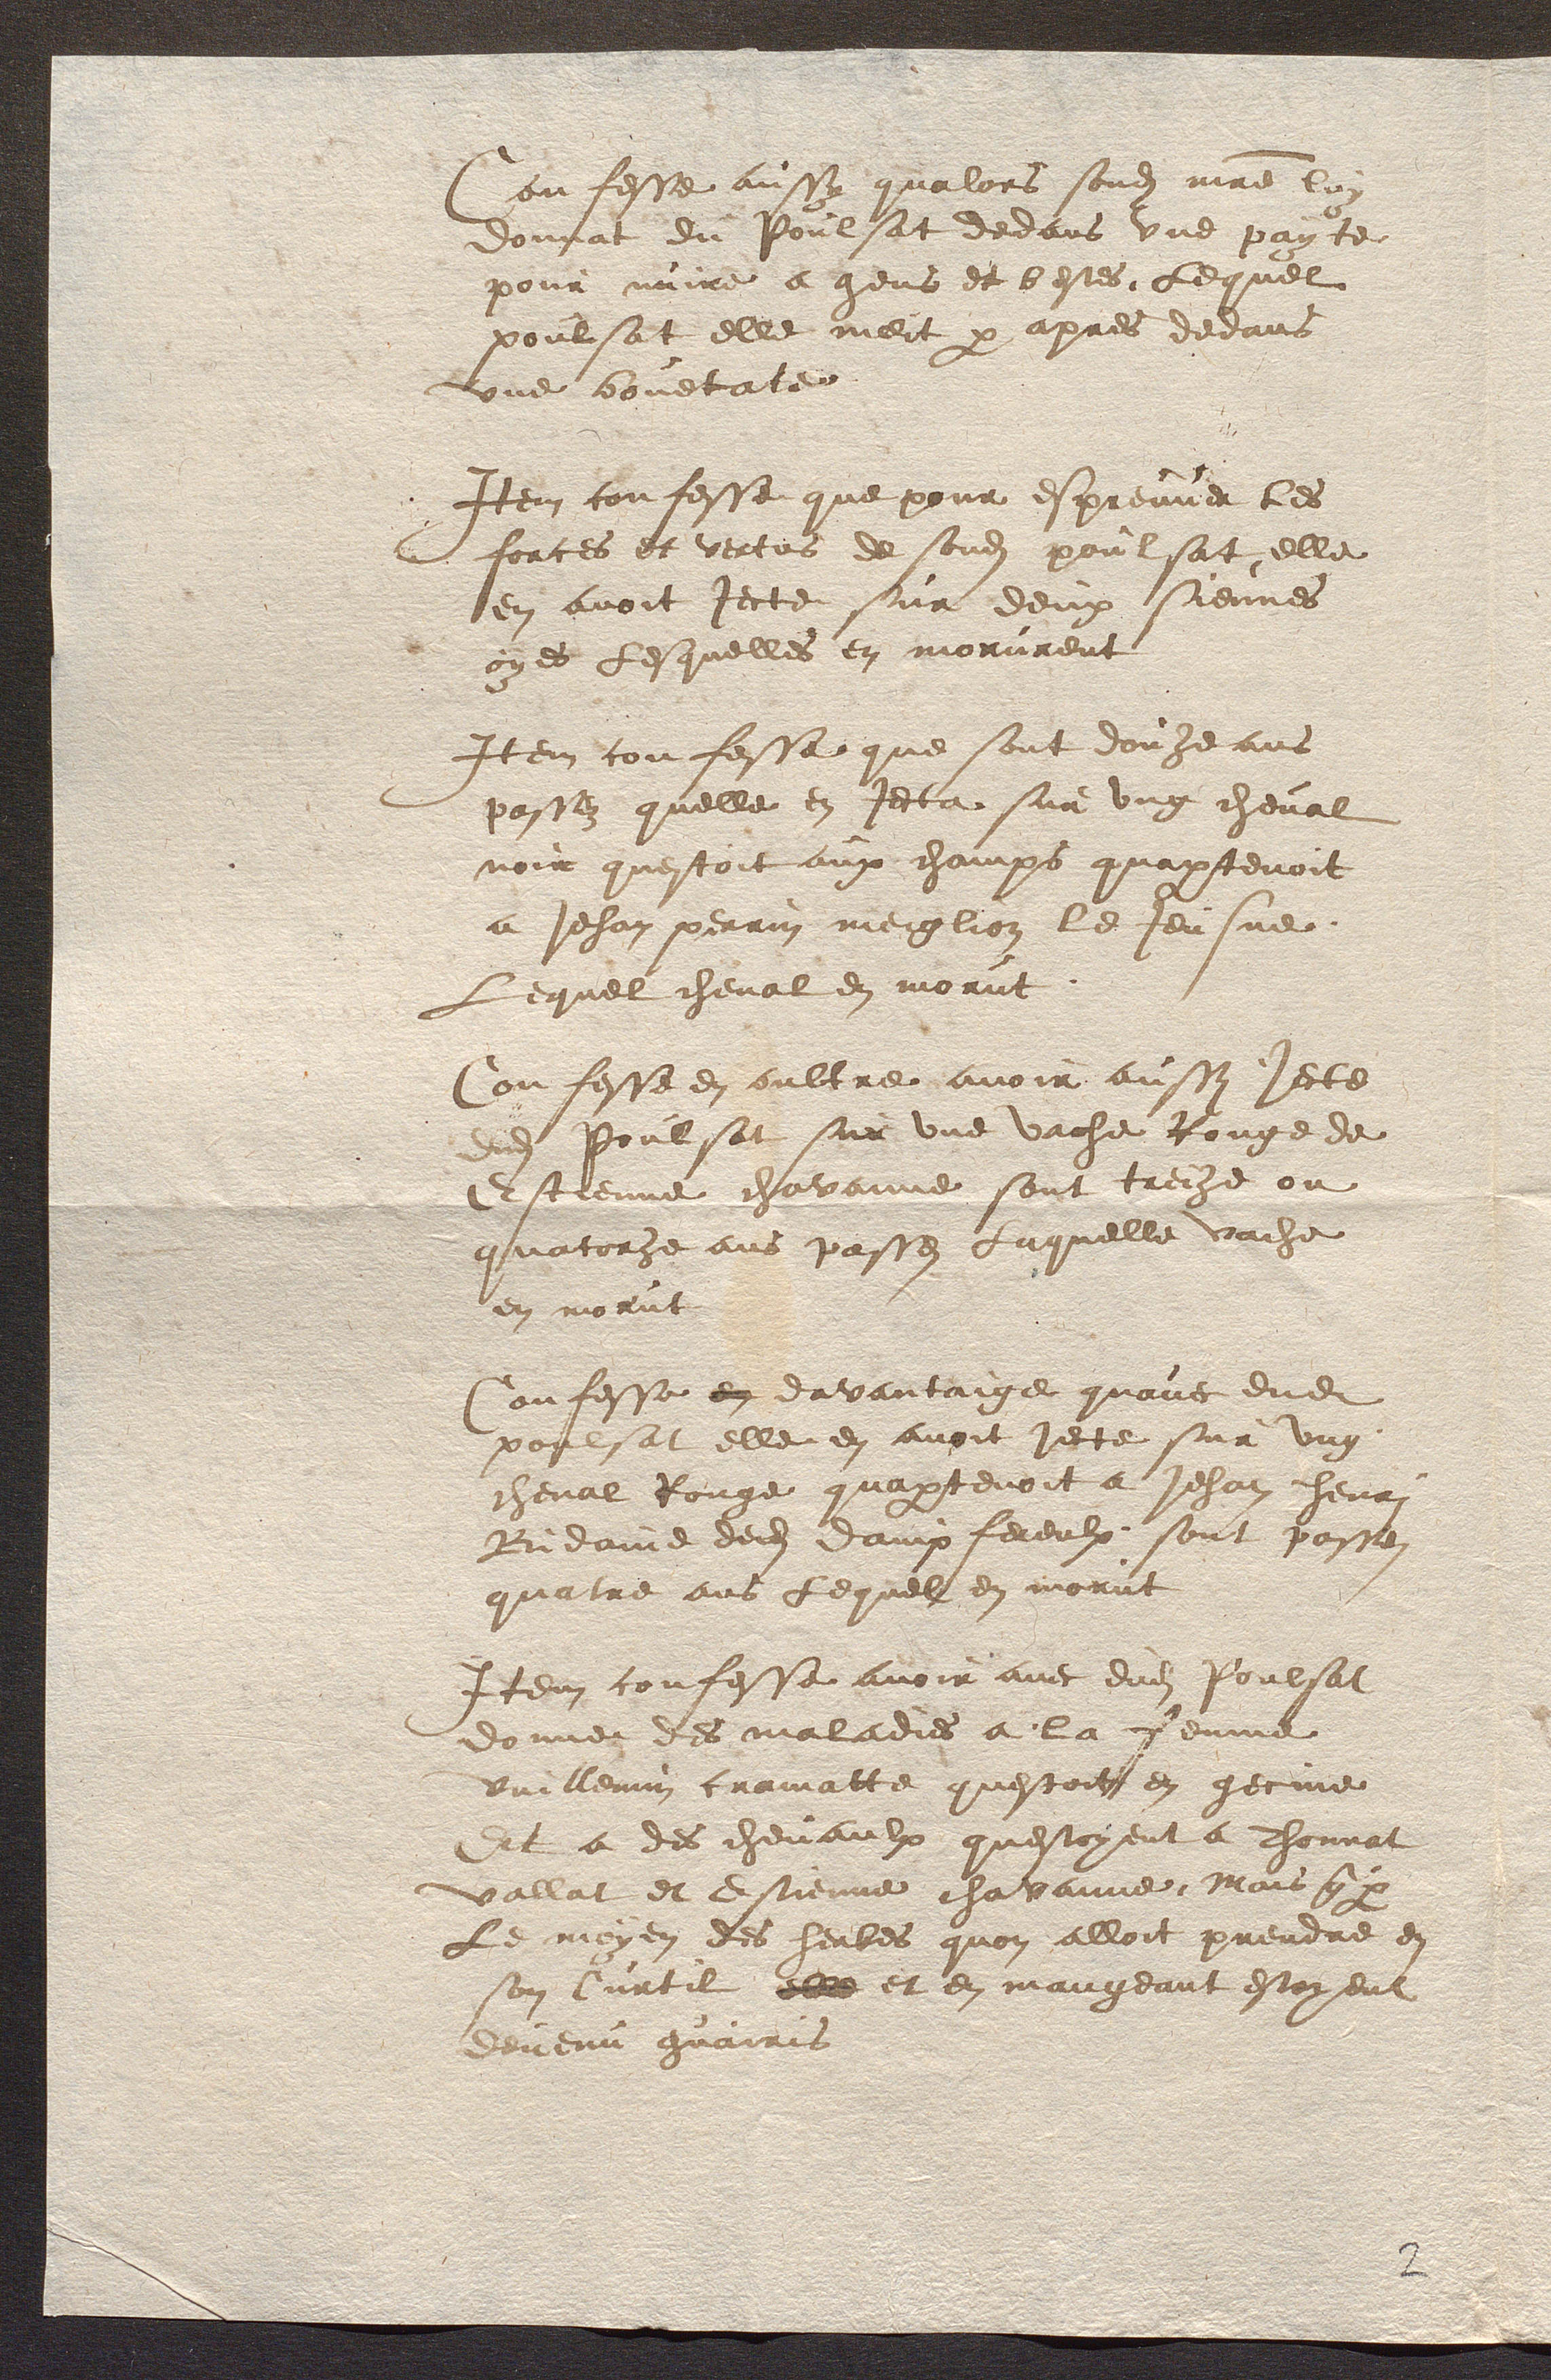
onfesse aussy qualors sondit maitre lu
donnat du Poulsat dedans une payte
pour nuire a gens et bestes. Lequel
poulsat elle meit par apres devans
une bouetate
Item confesse que pour espreuver les
forces et vertus de sondit poulsat elle
en avoit jecte sur deux siennes
oyes Lesquelles en morurent
Item confesse que sont douze ans
passez quelle en jecta sur ung cheval
noir questoit aux champs quapartenoit
a Jehan perrin meiglion le feusne
Lequel cheval en morut
Confesse en oultre avoir aussi jecte
ndit Poulsat sur une vache Rouge de
Estienne chavanne sont treize ou
quatorhe ans passes Laquelle vache
en morut
Confesse en davantaige quavec dudit
poulsat elle en avoit jecte sur ung
cheval Rouge quapartenoit a Jehan henri
Bidame dedit dampfereulx sont passez
quatre ans Lequel en morut
Item confesse avoir avec dudit Poulsat
donne des maladies a la femme
Vuillemin cramatte questoit en gecine
Et a des chevaulx questoyent a Thonnat
vallat et Estienne chavanne, Mais que par
Le mayen des herbes quon alloit prendre en
son Curtil elle et en mangeant estoyent
devenu guairis